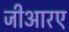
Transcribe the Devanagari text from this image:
जीआरए